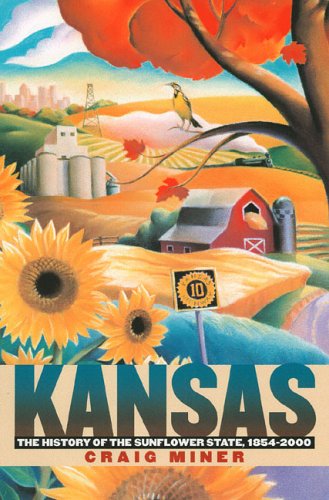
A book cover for Kansas: The History of the Sunflower State, 1854-2000; Craig Miner; Travel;